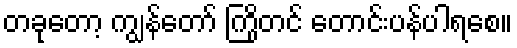
တခုတော့ ကျွန်တော် ကြိုတင် တောင်းပန်ပါရစေ။